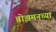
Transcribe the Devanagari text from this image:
बोझमनच्या